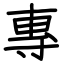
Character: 專